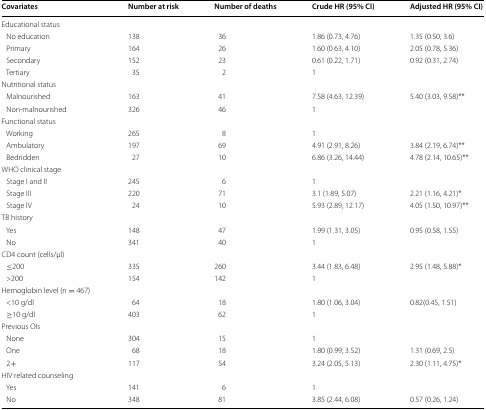
<table><thead><tr><td><b>Covariates</b></td><td><b>Number at risk</b></td><td><b>Number of deaths</b></td><td><b>Crude HR (95% CI)</b></td><td><b>Adjusted HR (95% CI)</b></td></tr></thead><tbody><tr><td colspan="5">Educational status</td></tr><tr><td> No education</td><td>138</td><td>36</td><td>1.86 (0.73, 4.76)</td><td>1.35 (0.50, 3.6)</td></tr><tr><td> Primary</td><td>164</td><td>26</td><td>1.60 (0.63, 4.10)</td><td>2.05 (0.78, 5.36)</td></tr><tr><td> Secondary</td><td>152</td><td>23</td><td>0.61 (0.22, 1.71)</td><td>0.92 (0.31, 2.74)</td></tr><tr><td> Tertiary</td><td>35</td><td>2</td><td>1</td><td></td></tr><tr><td colspan="5">Nutritional status</td></tr><tr><td> Malnourished</td><td>163</td><td>41</td><td>7.58 (4.63, 12.39)</td><td>5.40 (3.03, 9.58)**</td></tr><tr><td> Non-malnourished</td><td>326</td><td>46</td><td>1</td><td></td></tr><tr><td colspan="5">Functional status</td></tr><tr><td> Working</td><td>265</td><td>8</td><td>1</td><td></td></tr><tr><td> Ambulatory</td><td>197</td><td>69</td><td>4.91 (2.91, 8.26)</td><td>3.84 (2.19, 6.74)**</td></tr><tr><td> Bedridden</td><td>27</td><td>10</td><td>6.86 (3.26, 14.44)</td><td>4.78 (2.14, 10.65)**</td></tr><tr><td colspan="5">WHO clinical stage</td></tr><tr><td> Stage I and II</td><td>245</td><td>6</td><td>1</td><td></td></tr><tr><td> Stage III</td><td>220</td><td>71</td><td>3.1 (1.89, 5.07)</td><td>2.21 (1.16, 4.21)*</td></tr><tr><td> Stage IV</td><td>24</td><td>10</td><td>5.93 (2.89, 12.17)</td><td>4.05 (1.50, 10.97)**</td></tr><tr><td colspan="5">TB history</td></tr><tr><td> Yes</td><td>148</td><td>47</td><td>1.99 (1.31, 3.05)</td><td>0.95 (0.58, 1.55)</td></tr><tr><td> No</td><td>341</td><td>40</td><td>1</td><td></td></tr><tr><td colspan="5">CD4 count (cells/μl)</td></tr><tr><td> ≤200</td><td>335</td><td>260</td><td>3.44 (1.83, 6.48)</td><td>2.95 (1.48, 5.88)*</td></tr><tr><td> &gt;200</td><td>154</td><td>142</td><td>1</td><td></td></tr><tr><td>Hemoglobin level (n = 467)</td><td></td><td></td><td></td><td></td></tr><tr><td> &lt;10 g/dl</td><td>64</td><td>18</td><td>1.80 (1.06, 3.04)</td><td>0.82(0.45, 1.51)</td></tr><tr><td> ≥10 g/dl</td><td>403</td><td>62</td><td>1</td><td></td></tr><tr><td colspan="5">Previous OIs</td></tr><tr><td> None</td><td>304</td><td>15</td><td>1</td><td></td></tr><tr><td> One</td><td>68</td><td>18</td><td>1.80 (0.99, 3.52)</td><td>1.31 (0.69, 2.5)</td></tr><tr><td> 2+</td><td>117</td><td>54</td><td>3.24 (2.05, 5.13)</td><td>2.30 (1.11, 4.75)*</td></tr><tr><td colspan="5">HIV related counseling</td></tr><tr><td> Yes</td><td>141</td><td>6</td><td>1</td><td></td></tr><tr><td> No</td><td>348</td><td>81</td><td>3.85 (2.44, 6.08)</td><td>0.57 (0.26, 1.24)</td></tr></tbody></table>